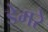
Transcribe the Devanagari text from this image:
डेमरे